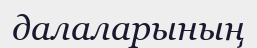
далаларының